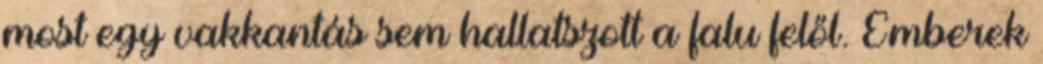
most egy vakkantás sem hallatszott a falu felől. Emberek